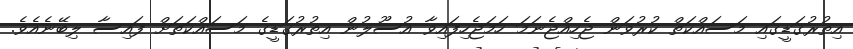
އިތުރުގަޑީގައި މަސައްކަތް ކުރުވަން ޖެހިއްޖެނަމަ ހަމަޖެހިފައިވާ އުސޫލުން އިތުރުގަޑީގެ މަސައްކަތަށް ފައިސާ ލިބޭނެއެވެ.